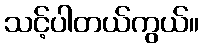
သင့်ပါတယ်ကွယ်။